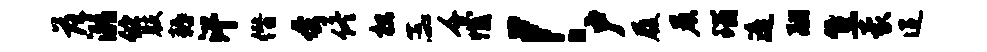
落溺伫肢耨汗僭夸佟枳蕊千憾！户履晨瑙遥翮焦蒙迢